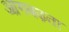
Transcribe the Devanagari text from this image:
आगबढ़ता